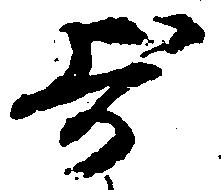
歩